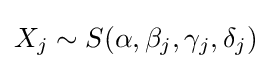
X_{j}\sim S(\alpha ,\beta _{j},\gamma _{j},\delta _{j})